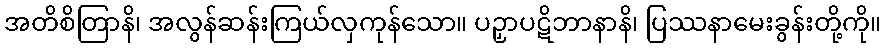
အတိစိတြာနိ၊ အလွန်ဆန်းကြယ်လှကုန်သော။ ပဉှာပဋိဘာနာနိ၊ ပြဿနာမေးခွန်းတို့ကို။